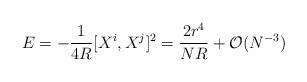
LaTeX: \begin{align*}E = -\frac{1}{4 R} [X^i, X^j]^2 = \frac{2r^4}{ N R} +{\cal O} (N^{-3})\end{align*}